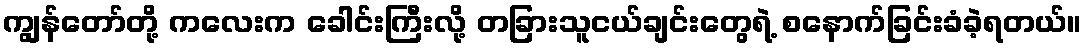
ကျွန်တော်တို့ ကလေးက ခေါင်းကြီးလို့ တခြားသူငယ်ချင်းတွေရဲ့ စနောက်ခြင်းခံခဲ့ရတယ်။